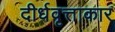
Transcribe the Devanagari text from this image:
दीर्धवृत्ताकार